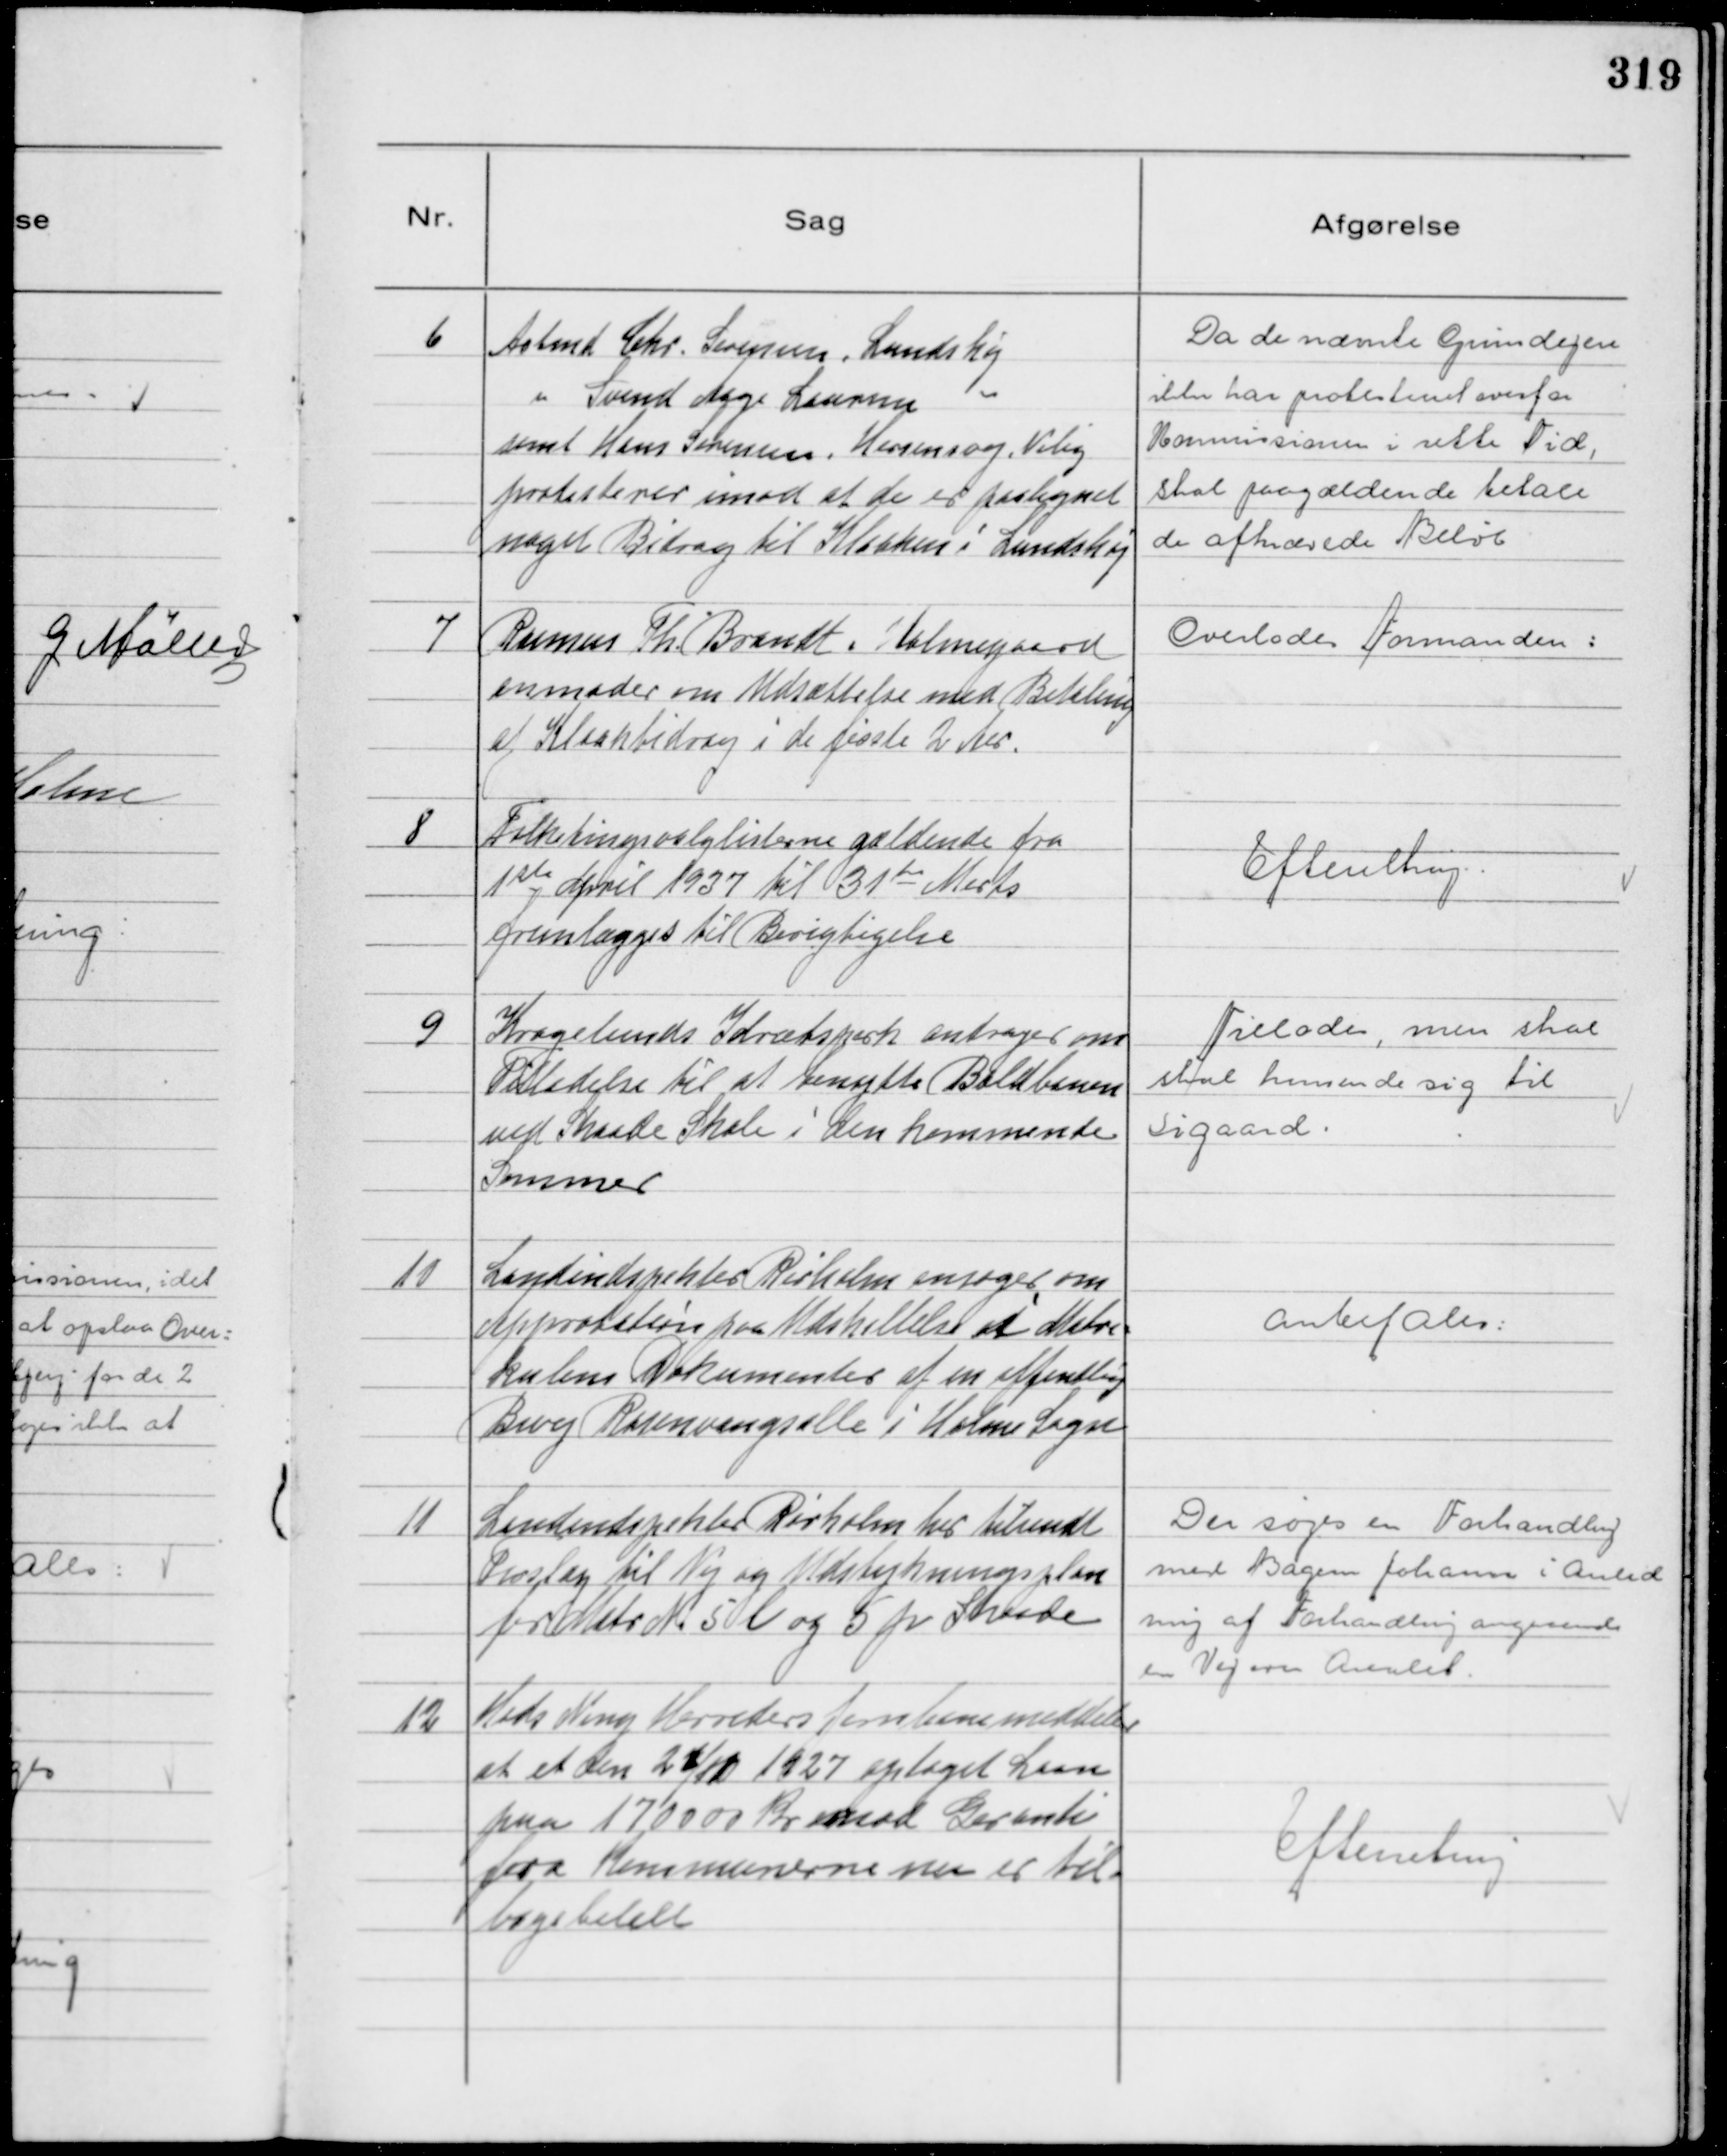
Transskription:
6
Arbmd Chr. Sørensen, Lundshøj
" Svend Aage Laursen "
samt Hans Sørensen, Horsensvej, Viby
protesterer imod at de er paalignet
noget Bidrag til Kloaken i Lundshøj

Da de nævnte Grundejere
ikke har protesteret overfor
Kommissionen i rette Tid,
skal paagældende betale
de afkrævede Beløb

7
Rasmus Th. Brandt, Holmegaard
anmoder om Udsættelse med Betaling
af Kloakbidrag i de første 2 Aar.

Overlodes Formanden:

8
Folketingsvalglisterne gældende fra
1 ste April 1937 til 31 te Marts
fremlægges til Berigtigelse

Eftenltnig.

9
Kragelunds Idrætspark andrager om
Tilladelse til at benytte Boldbanen
ved Skaade Skole i den kommende
Sommer

Tillades, men skal
skal henvende sig til
Sigaard.

10
Landindspektør Rørholm ansøger om
Approbation paa Udskillelse af Matri=
kulens Dokumenter af en offentlig
Bivej Rosenvangsalle i Holme Sogn

Anbefales:

11
Landindspektør Rørholm har tilsendt
Froslag til Vej og Udstykningsplan
for Matr N. 5 l og 5 p Skaade

Der søges en Forhandling
med Bagerm Johansen i Anled
ning af Forhandling angaaende
en Vej over Arealet.

12
Hads Ning Herreders Jernbane meddeler
at et den 21/11 1927 optaget Laan
paa 170000 Kr mod Garanti
fra Kommunerne nu er til-
bagebetalt

Efterretning